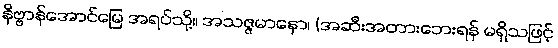
နိဗ္ဗာန်အောင်မြေ အရပ်သို့။ အသဇ္ဇမာနော၊ (အဆီးအတားဘေးရန် မရှိသဖြင့်